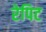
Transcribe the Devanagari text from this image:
रेपिट